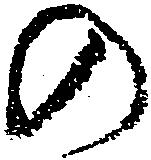
の